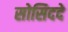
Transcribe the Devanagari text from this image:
सोसिददे